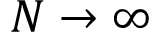
N \rightarrow \infty